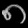
Digit: ၈